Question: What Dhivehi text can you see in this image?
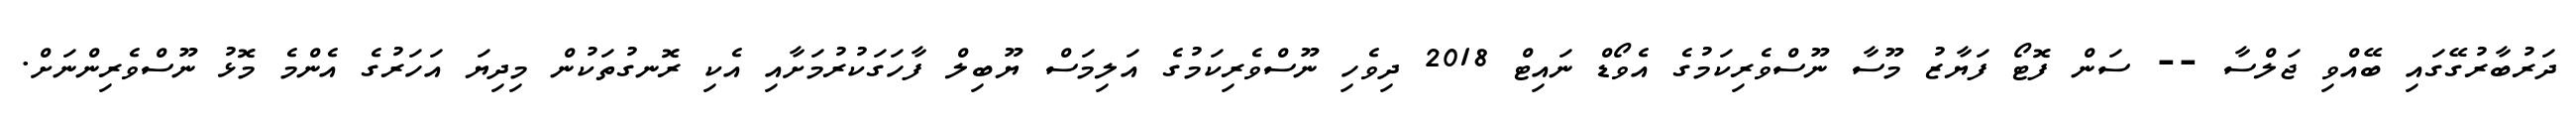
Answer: ދަރުބާރުގޭގައި ބޭއްވި ޖަލްސާ -- ސަން ފޮޓޯ ފަޔާޒު މޫސާ ނޫސްވެރިކަމުގެ އެވޯޑް ނައިޓް 2018 ދިވެހި ނޫސްވެރިކަމުގެ އަލިމަސް ޔޫބިލް ފާހަގަކުރުމަށާއި އެކި ރޮނގުތަކުން މިދިޔަ އަހަރުގެ އެންމެ މޮޅު ނޫސްވެރިންނަށް.